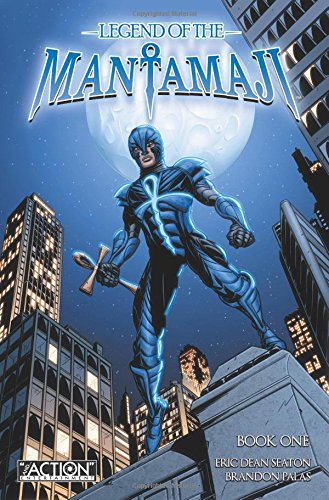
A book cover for Legend of the Mantamaji: Book 1 (Legend of Mantamaji); Eric Dean Seaton; Comics & Graphic Novels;